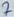
Text: 7